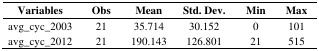
<table><thead><tr><td><b>Variables</b></td><td><b>Obs</b></td><td><b>Mean</b></td><td><b>Std. Dev.</b></td><td><b>Min</b></td><td><b>Max</b></td></tr></thead><tbody><tr><td>avg_cyc_2003</td><td>21</td><td>35.714</td><td>30.152</td><td>0</td><td>101</td></tr><tr><td>avg_cyc_2012</td><td>21</td><td>190.143</td><td>126.801</td><td>21</td><td>515</td></tr></tbody></table>